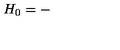
H _ { 0 } = -